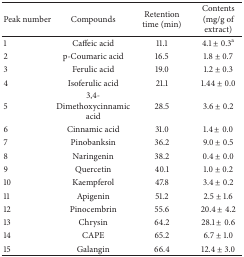
<table><thead><tr><td><b>Peak number</b></td><td><b>Compounds</b></td><td><b>Retention time (min)</b></td><td><b>Contents (mg/g of extract)</b></td></tr></thead><tbody><tr><td>1</td><td>Caffeic acid</td><td>11.1</td><td>4.1 ± 0.3<sup>a</sup></td></tr><tr><td>2</td><td>p-Coumaric acid</td><td>16.5</td><td>1.8 ± 0.7</td></tr><tr><td>3</td><td>Ferulic acid</td><td>19.0</td><td>1.2 ± 0.3</td></tr><tr><td>4</td><td>Isoferulic acid</td><td>21.1</td><td>1.44 ± 0.0</td></tr><tr><td>5</td><td>3,4-Dimethoxycinnamic acid</td><td>28.5</td><td>3.6 ± 0.2</td></tr><tr><td>6</td><td>Cinnamic acid</td><td>31.0</td><td>1.4 ± 0.0</td></tr><tr><td>7</td><td>Pinobanksin</td><td>36.2</td><td>9.0 ± 0.5</td></tr><tr><td>8</td><td>Naringenin</td><td>38.2</td><td>0.4 ± 0.0</td></tr><tr><td>9</td><td>Quercetin</td><td>40.1</td><td>1.0 ± 0.2</td></tr><tr><td>10</td><td>Kaempferol</td><td>47.8</td><td>3.4 ± 0.2</td></tr><tr><td>11</td><td>Apigenin</td><td>51.2</td><td>2.5 ± 1.6</td></tr><tr><td>12</td><td>Pinocembrin</td><td>55.6</td><td>20.4 ± 4.2</td></tr><tr><td>13</td><td>Chrysin</td><td>64.2</td><td>28.1 ± 0.6</td></tr><tr><td>14</td><td>CAPE</td><td>65.2</td><td>6.7 ± 1.0</td></tr><tr><td>15</td><td>Galangin</td><td>66.4</td><td>12.4 ± 3.0</td></tr></tbody></table>